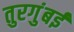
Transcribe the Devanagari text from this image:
तुरगुंबई